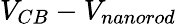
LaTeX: V_{CB}-V_{nanorod}